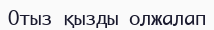
Отыз қызды олжалап